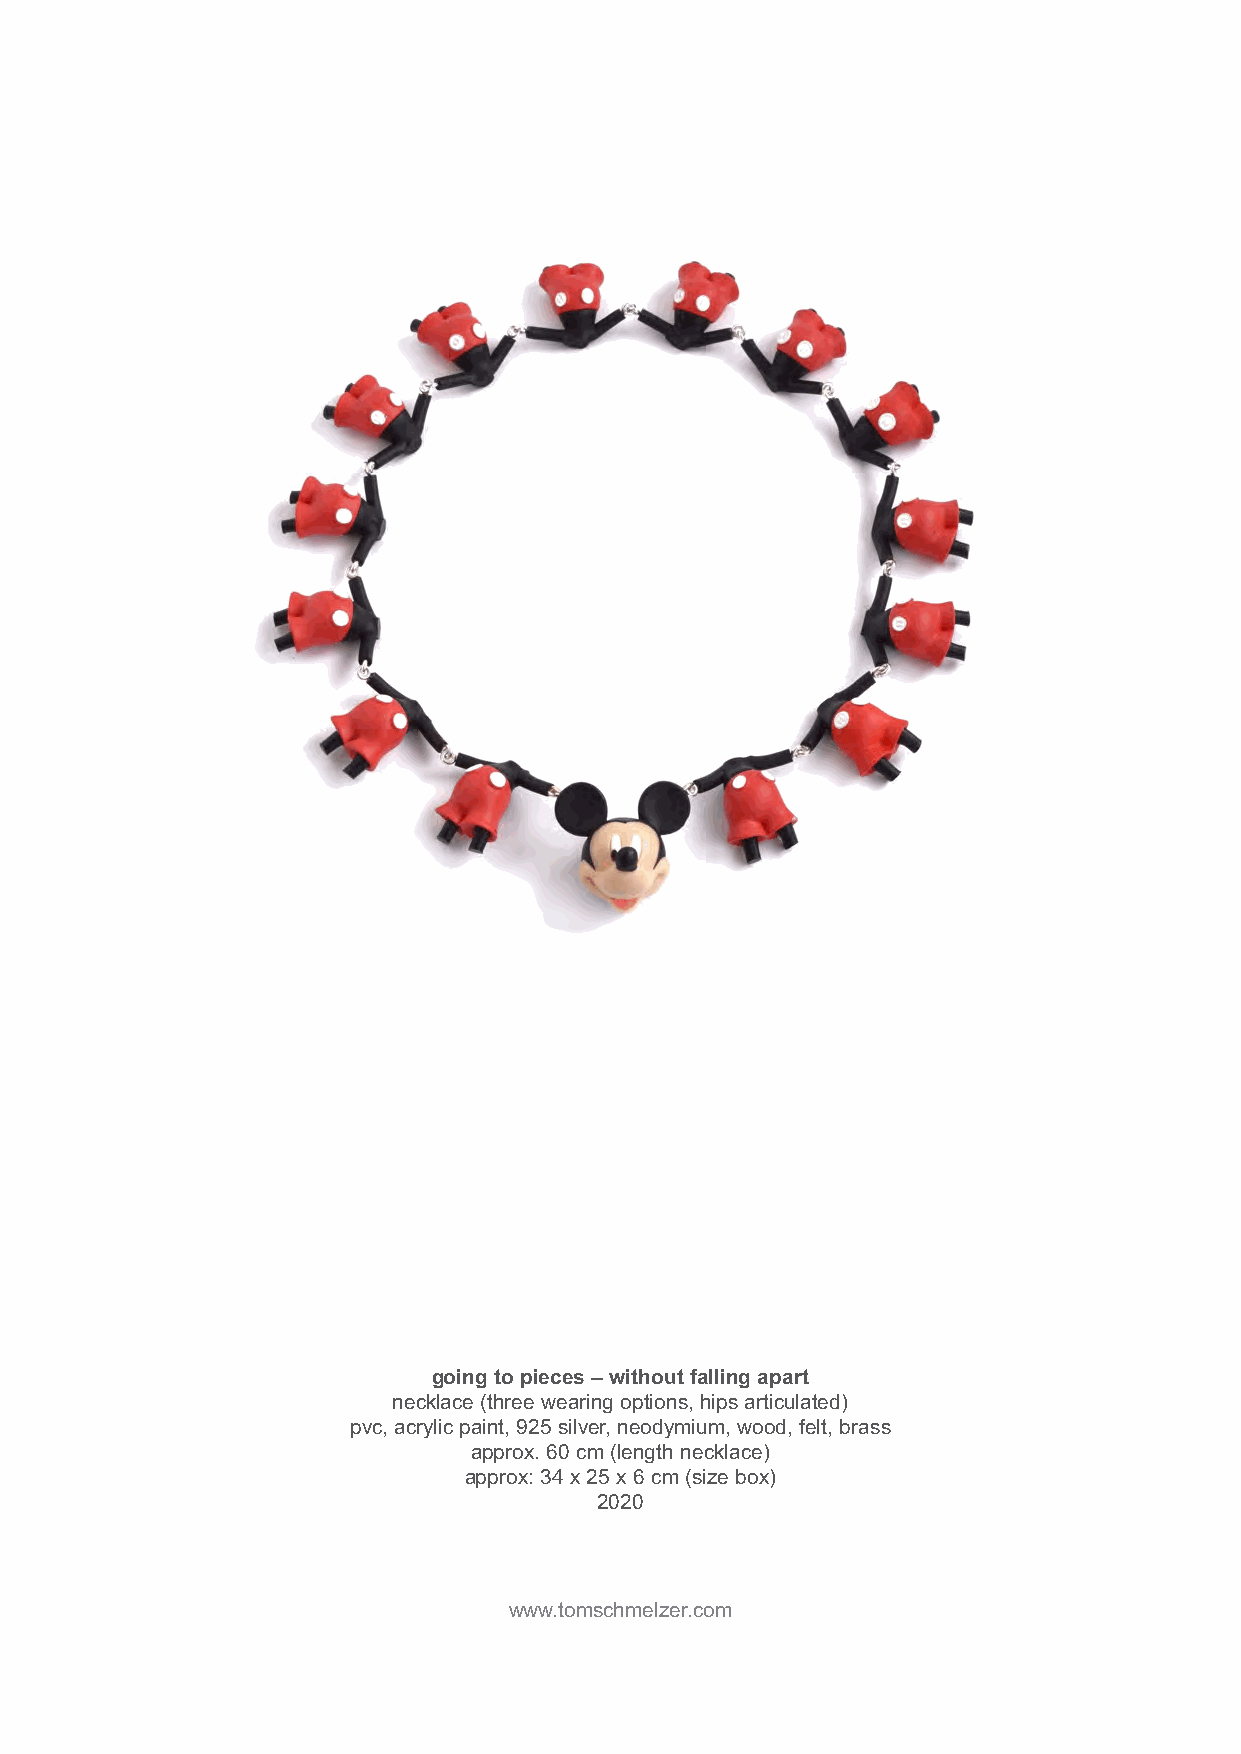
going to pieces – without falling apart
 necklace (three wearing options, hips articulated)
 pvc, acrylic paint, 925 silver, neodymium, wood, felt, brass
 approx. 60 cm (length necklace)
 approx: 34 x 25 x 6 cm (size box)
 2020
 www.tomschmelzer.com